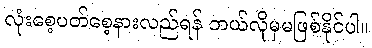
လုံးစေ့ပတ်စေ့နားလည်ရန် ဘယ်လိုမှမဖြစ်နိုင်ပါ။